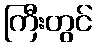
ကြီးတွင်